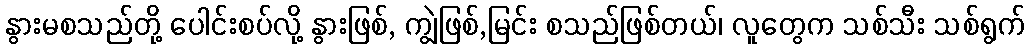
နွားမစသည်တို့ ပေါင်းစပ်လို့ နွားဖြစ်, ကျွဲဖြစ်,မြင်း စသည်ဖြစ်တယ်၊ လူတွေက သစ်သီး သစ်ရွက်